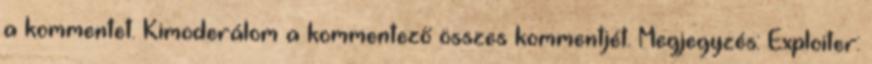
a kommentet. Kimoderálom a kommentező összes kommentjét. Megjegyzés: Exploiter: